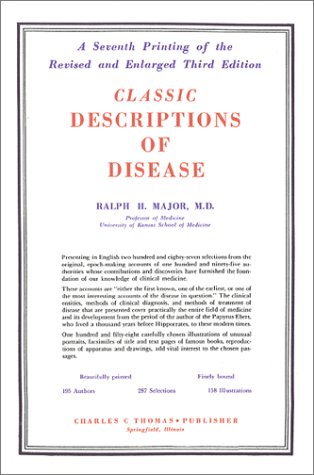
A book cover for Classic Descriptions of Disease: With Biographical Sketches of the Authors; Ralph H. Major; Medical Books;